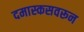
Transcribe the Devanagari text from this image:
दमास्कसवरून